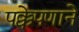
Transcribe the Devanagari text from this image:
पक्केपणाने